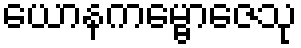
ယောနကမ္ဗောဇေသု